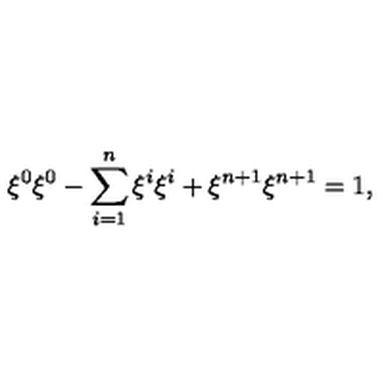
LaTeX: \xi ^ { 0 } \xi ^ { 0 } - \sum _ { i = 1 } ^ { n } \xi ^ { i } \xi ^ { i } + \xi ^ { n + 1 } \xi ^ { n + 1 } = 1 ,